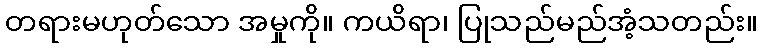
တရားမဟုတ်သော အမှုကို။ ကယိရာ၊ ပြုသည်မည်အံ့သတည်း။